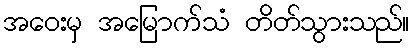
အဝေးမှ အမြောက်သံ တိတ်သွားသည်။